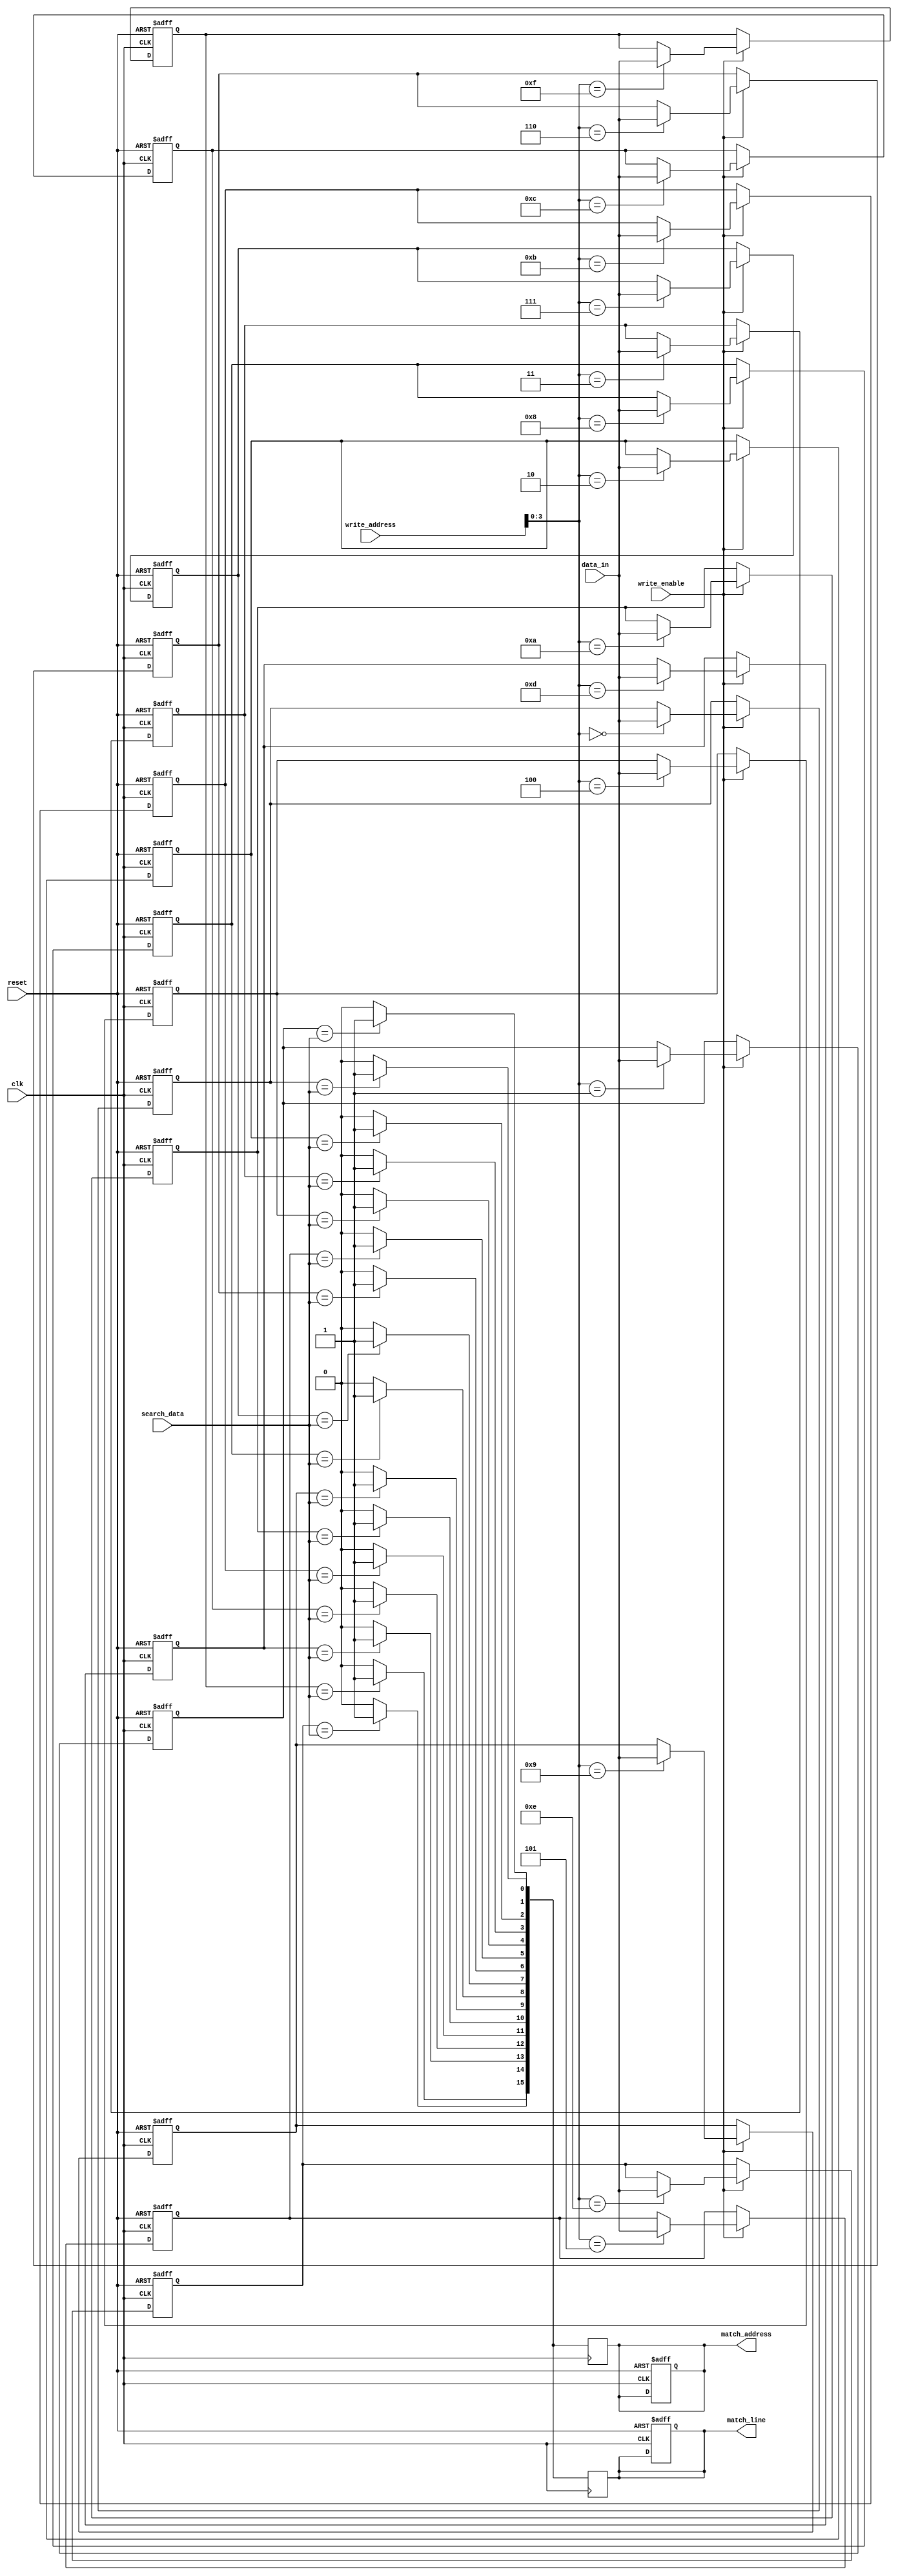
module BCAM #(
    parameter N = 16, // Number of entries (rows)
    parameter M = 8    // Width of each entry (columns)
)(
    input wire clk,                   // Clock signal
    input wire reset,                 // Reset signal
    input wire write_enable,          // Write enable signal
    input wire [M-1:0] data_in,      // Data input for writing
    input wire [N-1:0] write_address, // Address to write data
    input wire [M-1:0] search_data,   // Data to search for
    output reg [N-1:0] match_line,    // Match line output
    output reg [N-1:0] match_address   // Address of matching entries
);

    // Memory array
    reg [M-1:0] memory [0:N-1];

    // Internal signals
    reg [N-1:0] temp_match_line;
    integer i;

    // Write operation
    always @(posedge clk or posedge reset) begin
        if (reset) begin
            // Reset memory
            for (i = 0; i < N; i = i + 1) begin
                memory[i] <= {M{1'b0}};
            end
            match_line <= {N{1'b0}};
            match_address <= {N{1'b0}};
        end else if (write_enable) begin
            // Write data to specified address
            memory[write_address] <= data_in;
        end
    end

    // Search operation
    always @(posedge clk) begin
        // Initialize match line
        temp_match_line = {N{1'b0}};
        
        // Compare search data with each entry in memory
        for (i = 0; i < N; i = i + 1) begin
            if (memory[i] == search_data) begin
                temp_match_line[i] = 1'b1; // Match found
            end
        end
        
        // Update match line output
        match_line <= temp_match_line;

        // Generate match address output
        match_address <= temp_match_line; // This can be modified to encode addresses
    end

endmodule